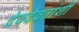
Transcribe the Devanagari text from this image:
देवदेवतांशी